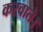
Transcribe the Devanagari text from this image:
करवाते।